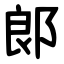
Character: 郞